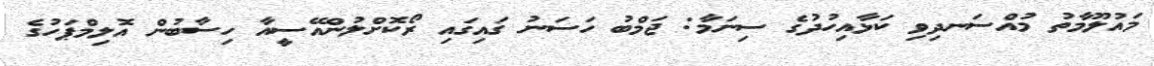
މައުލޫމާތު މުއްސަނދިވި ކަޅާއިހުދުގެ ސިނަމާ: ޖަމްބު ހަސަނު ގައިގައި ރޯކޮށްލުންއޭސީއާ ހިސާބުން އޮލިމްޕަހުގެ